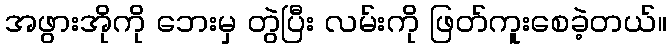
အဖွားအိုကို ဘေးမှ တွဲပြီး လမ်းကို ဖြတ်ကူးစေခဲ့တယ်။